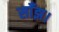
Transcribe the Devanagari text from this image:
साँझ।